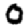
Digit: 0